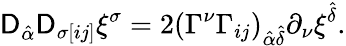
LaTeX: \mathsf{D}_{\hat{{\alpha}}}\mathsf{D}_{\sigma[ij]}\xi^{\sigma}=2(\Gamma^{\nu}\Gamma_{ij})_{\hat{{\alpha}}\hat{{\delta}}}\partial_{\nu}\xi^{\hat{{\delta}}}.